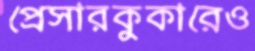
প্রেসারকুকারেও